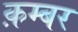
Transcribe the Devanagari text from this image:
क़म्बर